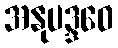
အနုပဒ္ဒဝေ